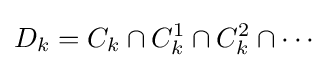
D_{k}=C_{k}\cap C_{k}^{1}\cap C_{k}^{2}\cap \cdots